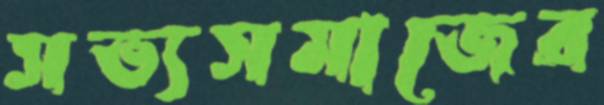
সভ্যসমাজের